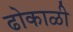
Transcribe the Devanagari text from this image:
ढोकाळी